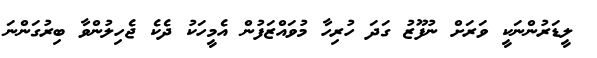
ލީޑަރުންނަކީ ވަރަށް ނުފޫޒު ގަދަ ހުރިހާ މުވައްޒަފުން އެމީހަކު ދެކެ ޖެހިލުންވާ ބިރުގަންނަ